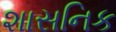
શાસનિક